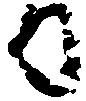
日